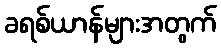
ခရစ်ယာန်များအတွက်